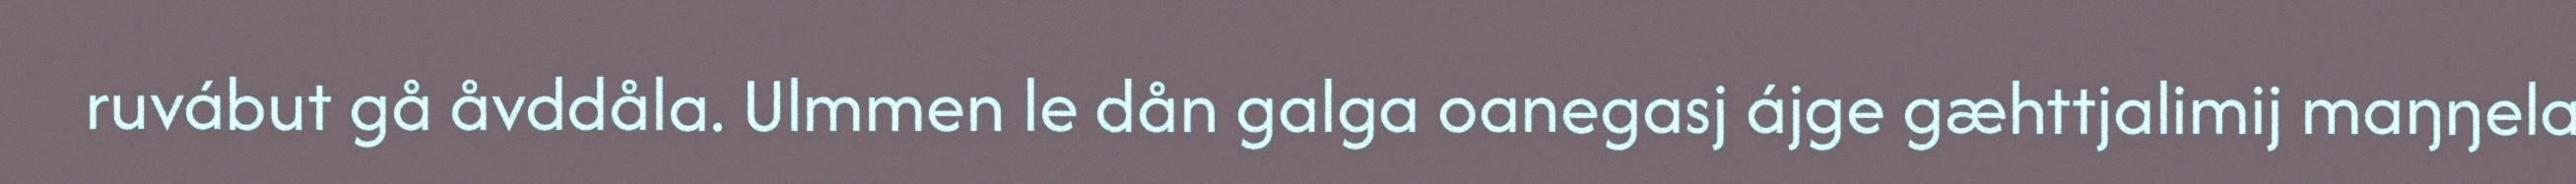
ruvábut gå åvddåla. Ulmmen le dån galga oanegasj ájge gæhttjalimij maŋŋela